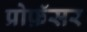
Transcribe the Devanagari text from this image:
प्रोफ़ॅसर